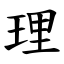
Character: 理